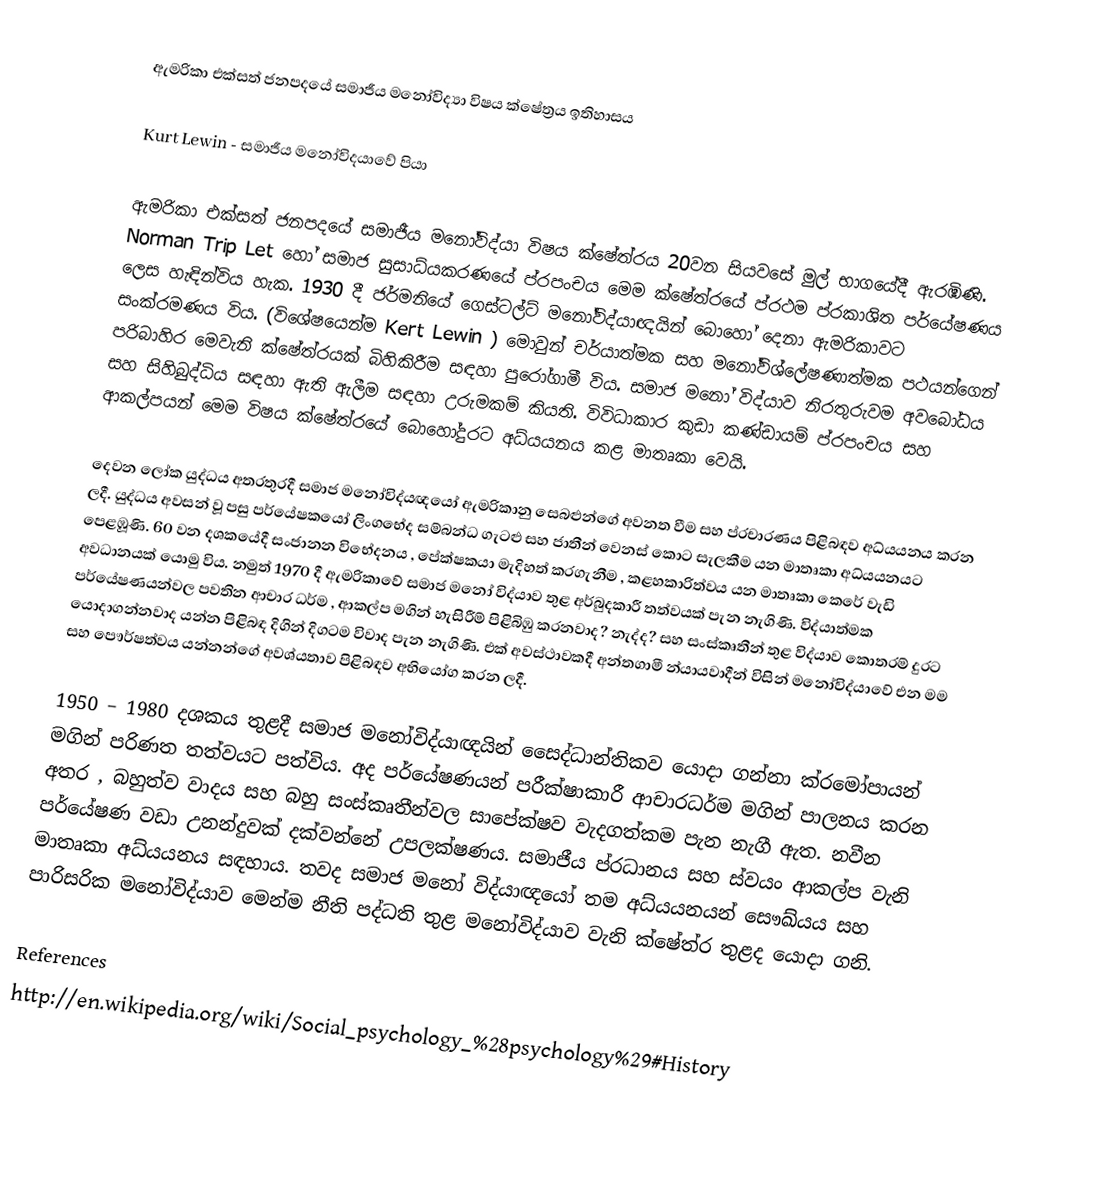
ඇමරිකා එක්සත් ජනපදයේ සමාජීය මනෝවිද්‍යා විෂය ‍ක්ෂේත්‍රය ඉතිහාසය

Kurt Lewin - සමාජීය මනෝවිදයාවේ පියා

ඇමරිකා එක්සත් ජනපදයේ සමාජීය මනෝවිද්යා විෂය ක්ෂේත්රය 20වන සියවසේ මුල් භාගයේදී ඇරඹිණි. Norman Trip Let  හෝ සමාජ සුසාධ්යකරණයේ ප්රපංචය මෙම ක්ෂේත්රයේ ප්රථම ප්රකාශිත පර්යේෂණය ලෙස හැඳින්විය හැක. 1930 දී ජර්මනියේ ගෙස්ටල්ට් මනෝවිද්යාඥයින් බොහෝ දෙනා ඇමරිකාවට සංක්රමණය විය. (විශේෂයෙන්ම Kert Lewin ) මොවුන් චර්යාත්මක සහ මනෝවිශ්ලේෂණාත්මක පථයන්ගෙන් පරිබාහිර මෙවැනි ක්ෂේත්රයක් බිහිකිරීම සඳහා පුරෝගාමී විය. සමාජ මනෝ විද්යාව නිරතුරුවම අවබෝධය සහ සිහිබුද්ධිය සඳහා ඇති ඇලීම සඳහා උරුමකම් කියති. විවිධාකාර කුඩා කණ්ඩායම් ප්රපංචය සහ ආකල්පයන් මෙම විෂය ක්ෂේත්රයේ බොහෝදුරට අධ්යයනය කළ මාතෘකා වෙයි.

දෙවන ලෝක යුද්ධය අතරතුරදී සමාජ මනෝවිද්යඥයෝ ඇමරිකානු සෙබළුන්ගේ අවනත වීම සහ ප්රචාරණය පිළිබඳව අධ්යයනය කරන ලදී. යුද්ධය අවසන් වූ පසු පර්යේෂකයෝ ලිංගභේද සම්බන්ධ ගැටළු සහ ජාතීන් වෙනස් කොට සැලකීම යන මාතෘකා අධ්යයනයට පෙළඹූණි. 60 වන දශකයේදී සංජානන විභේදනය , පේක්ෂකයා මැදිහත් කරගැනීම , කළහකාරිත්වය යන මාතෘකා කෙරේ වැඩි අවධානයක් යොමු විය. නමුත් 1970 දී ඇමරිකාවේ සමාජ මනෝ විද්යාව තුළ අර්බුදකාරී තත්වයක් පැන නැගිණි.  විද්යාත්මක පර්යේෂණයන්වල පවතින ආචාර ධර්ම , ආකල්ප මගින් හැසිරීම් පිළිබිඹු කරනවාද? නැද්ද? සහ සංස්කෘතීන් තුළ විද්යාව කොතරම් දුරට යොදාගන්නවාද යන්න පිළිබඳ දිගින් දිගටම විවාද පැන නැගිණි. එක් අවස්ථාවකදී අන්තගාමී න්යායවාදීන් විසින් මනෝවිද්යාවේ එන මම සහ පෞර්ෂත්වය යන්නන්ගේ අවශ්යතාව පිළිබඳව අභියෝග කරන ලදී.

1950 – 1980 දශකය තුළදී සමාජ මනෝවිද්යාඥයින් සෛද්ධාන්තිකව යොදා ගන්නා ක්රමෝපායන් මගින් පරිණත තත්වයට පත්විය. අද පර්යේෂණයන් පරීක්ෂාකාරී ආචාරධර්ම මගින් පාලනය කරන අතර , බහුත්ව වාදය සහ බහු සංස්කෘතීන්වල සාපේක්ෂව වැදගත්කම පැන නැගී ඇත. නවීන පර්යේෂණ වඩා උනන්දුවක් දක්වන්නේ උපලක්ෂණය. සමාජීය ප්රධානය සහ ස්වයං ආකල්ප වැනි මාතෘකා අධ්යයනය සඳහාය. තවද සමාජ මනෝ විද්යාඥයෝ තම අධ්යයනයන් සෞඛ්යය සහ පාරිසරික මනෝවිද්යාව මෙන්ම නීති පද්ධති තුළ මනෝවිද්යාව වැනි ක්ෂේත්ර තුළද යොදා ගනි.

References
http://en.wikipedia.org/wiki/Social_psychology_%28psychology%29#History